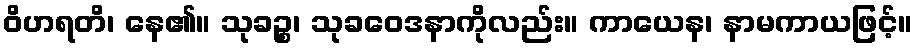
ဝိဟရတိ၊ နေ၏။ သုခဉ္စ၊ သုခဝေဒနာကိုလည်း။ ကာယေန၊ နာမကာယဖြင့်။